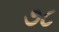
૭૮